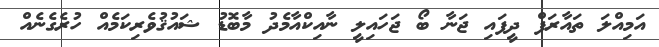
އަމިއްލަ ތައާރަފް ދީފައި ޖަނާ ބޯ ޖަހައިލީ ނާއިކްއާމެދު މާބޮޑު ޝައުޤުވެރިކަމެއް ހުރެގެނެއް